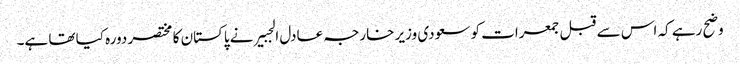
وضح رہے کہ اس سے قبل جمعرات کو سعودی وزیر خارجہ عادل الجبیر نے پاکستان کا مختصر دورہ کیا تھا ہے۔